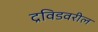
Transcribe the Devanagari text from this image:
द्रविडवरील